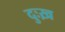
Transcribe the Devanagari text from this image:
दुःख़